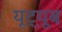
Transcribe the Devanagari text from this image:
यूट़्यूब